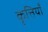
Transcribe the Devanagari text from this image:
कृत्तियाँ